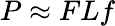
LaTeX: P\approx FLf